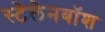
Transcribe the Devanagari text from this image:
स्टेलेनबॉश